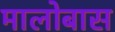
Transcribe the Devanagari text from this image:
मालोबास